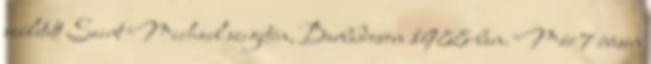
született Saint Michael szigetén, Barbadoson 1988-ban. Már 7 évesen